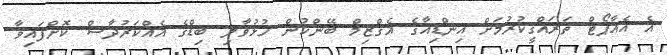
އެ އެއާޕޯޓް ތަރައްގީކުރުމަށް އިންޑިއާގެ އެގްޒިމް ބޭންކުން ހުޅުވާލި ބިޑްގެ އެއްކަރުދާސް ކޮށްފައިވާ